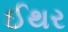
ઈથર